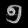
Digit: ၅